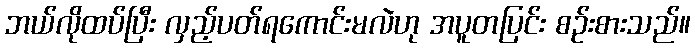
ဘယ်လိုထပ်ပြီး လှည့်ပတ်ရကောင်းမလဲဟု အပူတပြင်း စဉ်းစားသည်။